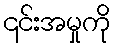
၎င်းအမှုကို